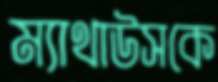
ম্যাথাউসকে